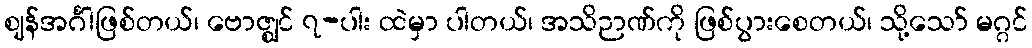
ဈန်အင်္ဂါဖြစ်တယ်၊ ဗောဇ္ဈင် ၇-ပါး ထဲမှာ ပါတယ်၊ အသိဉာဏ်ကို ဖြစ်ပွားစေတယ်၊ သို့သော် မဂ္ဂင်